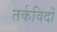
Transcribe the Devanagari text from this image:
तर्कविदों